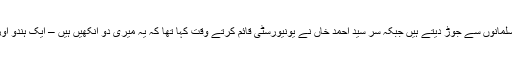
کچھ لوگ علی گڑھ مسلم یونیورسٹی میں ’مسلم‘ لفظ کے آتے ہی اسے مسلمانوں سے جوڑ دیتے ہیں جبکہ سر سید احمد خاں نے یونیورسٹی قائم کرتے وقت کہا تھا کہ یہ میری دو آنکھیں ہیں – ایک ہندو اور ایک مسلم، میں یہ چاہتا ہوں کہ دونوں آنکھوں کی بینائی یکساں رہے۔